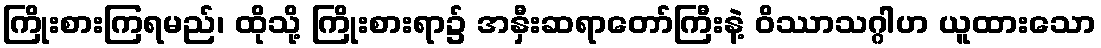
ကြိုးစားကြရမည်၊ ထိုသို့ ကြိုးစားရာ၌ အနှီးဆရာတော်ကြီးနဲ့ ဝိဿာသဂ္ဂါဟ ယူထားသော